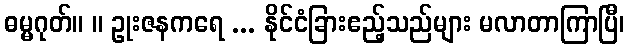
ဓမ္မဂုတ်။ ။ ဥုးဇနကရေ ... နိုင်ငံခြားဧည့်သည်များ မလာတာကြာပြီ၊